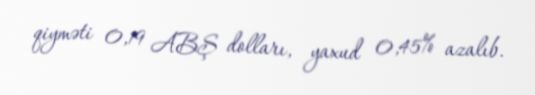
qiyməti 0,19 ABŞ dolları, yaxud 0,45% azalıb.